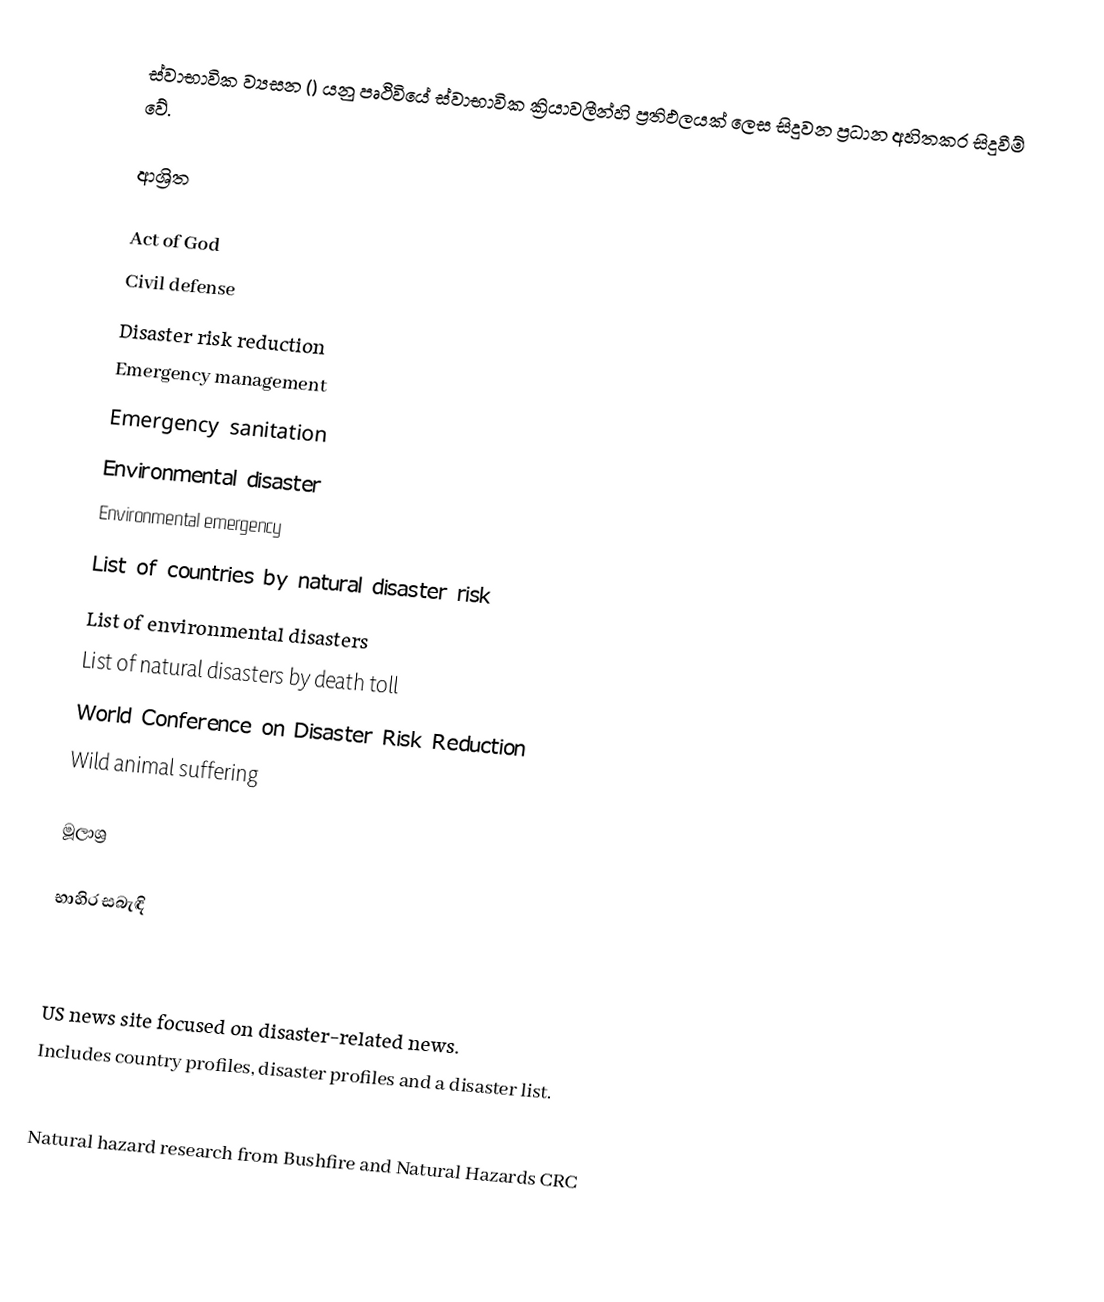
ස්වාභාවික ව්‍යසන () යනු පෘථිවියේ ස්වාභාවික ක්‍රියාවලීන්හි ප්‍රතිඵලයක් ලෙස සිදුවන ප්‍රධාන අහිතකර සිදුවීම් වේ.

ආශ්‍රිත

 Act of God
 Civil defense
 Disaster risk reduction
 Emergency management
 Emergency sanitation
 Environmental disaster
 Environmental emergency
 List of countries by natural disaster risk
 List of environmental disasters
 List of natural disasters by death toll
 World Conference on Disaster Risk Reduction
 Wild animal suffering

මූලාශ්‍ර

භාහිර සබැඳි

  US news site focused on disaster-related news.
  Includes country profiles, disaster profiles and a disaster list.

 Natural hazard research from Bushfire and Natural Hazards CRC